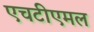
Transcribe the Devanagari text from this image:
एचटीएमल